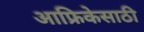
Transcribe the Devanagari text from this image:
आफ्रिकेसाठी